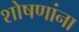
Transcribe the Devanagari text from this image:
शोषणांना